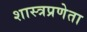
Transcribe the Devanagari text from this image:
शास्त्रप्रणेता